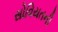
સોવિયતની